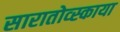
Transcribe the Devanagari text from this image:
सारातोव्स्काया